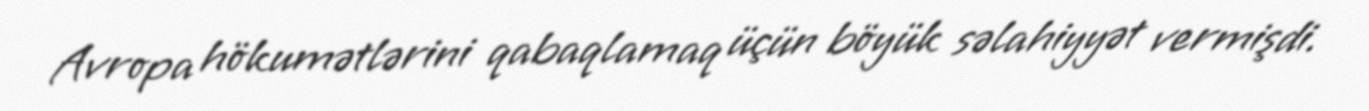
Avropa hökumətlərini qabaqlamaq üçün böyük səlahiyyət vermişdi.